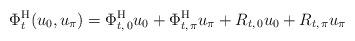
LaTeX: \begin{align*} \Phi^{\mathrm{H}}_t (u_0, u_\pi)=\Phi^{\mathrm{H}}_{t, \, 0} u_0 + \Phi^{\mathrm{H}}_{t, \, \pi} u_\pi + R_{t, \, 0} u_0 + R_{t, \, \pi} u_\pi \end{align*}